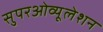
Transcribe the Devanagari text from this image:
सुपरओव्यूलेशन